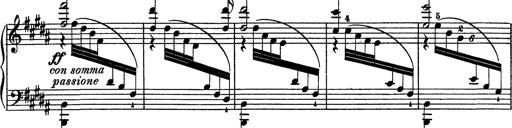
Title: AnnÃ©es de pÃ¨lerinage I
Composer: Franz Liszt